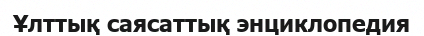
Ұлттық саясаттық энциклопедия